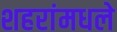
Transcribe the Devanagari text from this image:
शहरांमधले